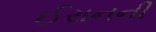
ઈરાનની